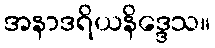
အနာဒရိယနိဒ္ဒေသ။